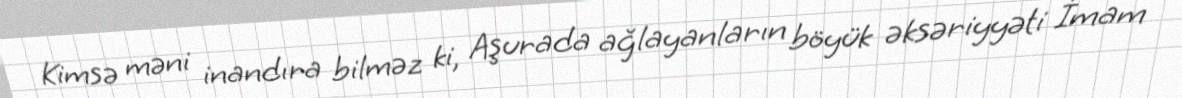
Kimsə məni inandıra bilməz ki, Aşurada ağlayanların böyük əksəriyyəti İmam